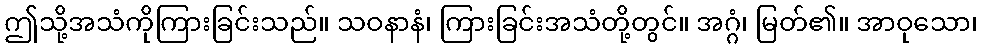
ဤသို့အသံကိုကြားခြင်းသည်။ သဝနာနံ၊ ကြားခြင်းအသံတို့တွင်။ အဂ္ဂံ၊ မြတ်၏။ အာဝုသော၊